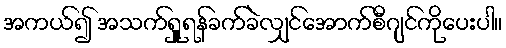
အကယ်၍ အသက်ရှူရန်ခက်ခဲလျှင်အောက်စီဂျင်ကိုပေးပါ။